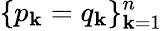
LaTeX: \{ p_{\mathbf{k}}=q_{\mathbf{k}}\} _{\mathbf{k}=1}^{n}